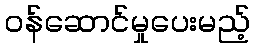
ဝန်ဆောင်မှုပေးမည့်